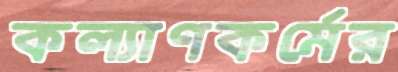
কল্যাণকর্মের